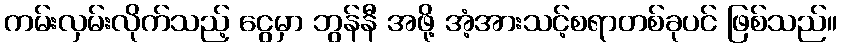
ကမ်းလှမ်းလိုက်သည့် ငွေမှာ ဘွန်နီ အဖို့ အံ့အားသင့်စရာတစ်ခုပင် ဖြစ်သည်။